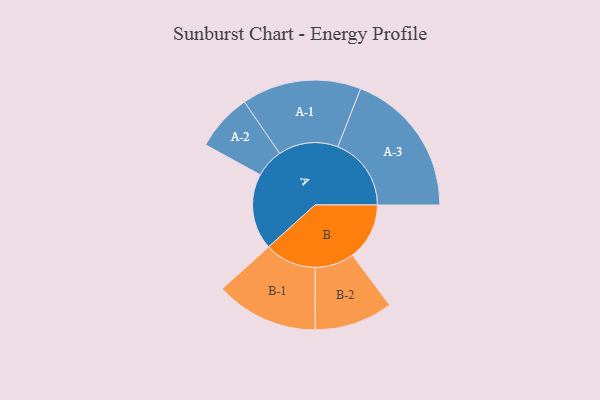
{"axis": {"x": "Segment", "y": "Value"}, "legend": ["", "A", "B"], "data": [{"x": "A", "y": 310, "type": ""}, {"x": "B", "y": 233, "type": ""}, {"x": "A-1", "y": 244, "type": "A"}, {"x": "A-2", "y": 117, "type": "A"}, {"x": "A-3", "y": 300, "type": "A"}, {"x": "B-1", "y": 210, "type": "B"}, {"x": "B-2", "y": 160, "type": "B"}]}